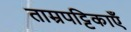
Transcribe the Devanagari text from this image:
ताम्रपट्टिकाएँ